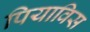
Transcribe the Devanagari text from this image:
पियाविस